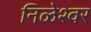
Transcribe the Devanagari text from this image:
निळेश्वर